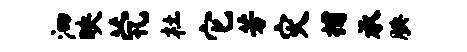
泗映茕杜它芳灾捕承腆